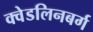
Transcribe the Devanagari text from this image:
क्वेडलिनबर्ग